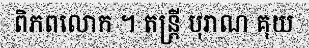
ពិភពលោក ។ តន្ត្រី បុរាណ គុយ